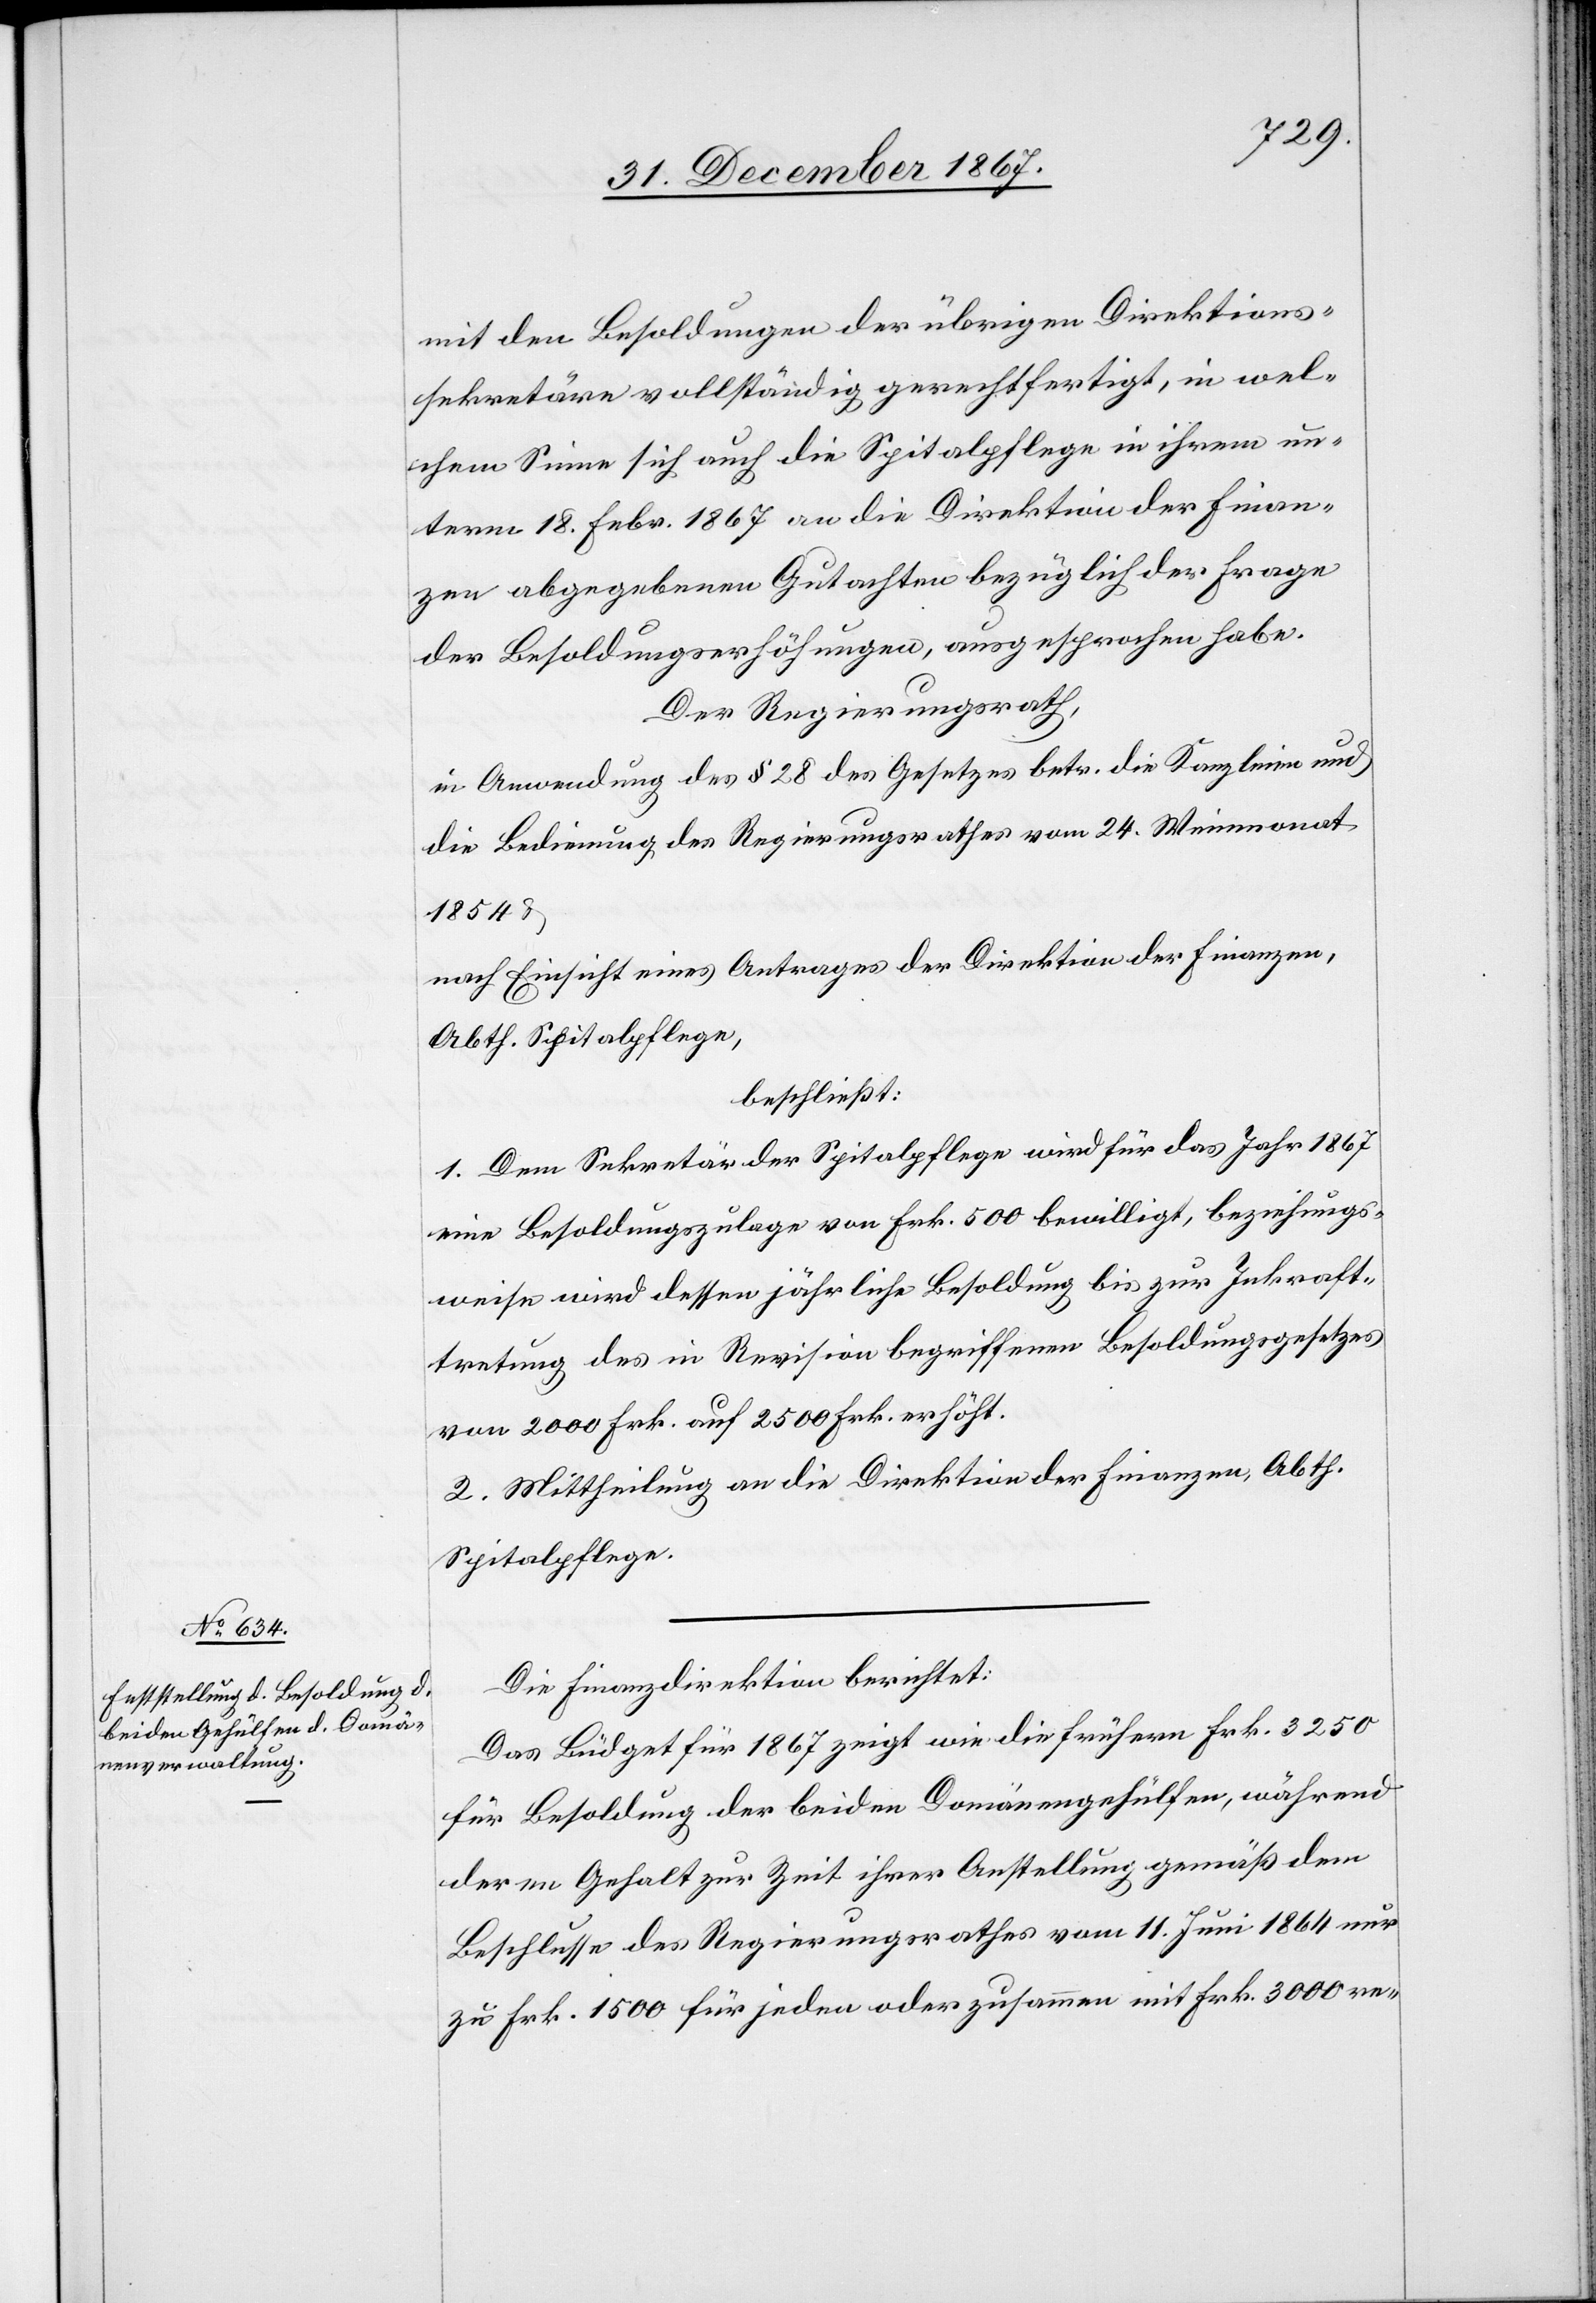
mit den Besoldungen der übrigen Direktions¬
sekretäre vollständig gerechtfertigt, in wel¬
chem Sinne sich auch die Spitalpflege in ihrem un¬
term 18. Febr. 1867 an die Direktion der Finan¬
zen abgegebenen Gutachten bezüglich der Frage
der Besoldungserhöhungen, ausgesprochen habe.
Der Regierungsrath,
in Anwendung des § 28 des Gesetzes betr. die Kanzleien und
die Bedienung des Regierungsrathes vom 24. Weinmonat
1854 u.
nach Einsicht eines Antrages der Direktion der Finanzen,
Abth. Spitalpflege,
beschließt:
1. Dem Sekretär der Spitalpflege wird für das Jahr 1867
eine Besoldungszulage von Frk. 500 bewilligt, beziehungs¬
weise wird dessen jährliche Besoldung bis zur Inkraft¬
tretung des in Revision begriffenen Besoldungsgesetzes
von 2000 Frk. auf 2500 Frk. erhöht.
2. Mittheilung an die Direktion der Finanzen, Abth.
Spitalpflege.
Die Finanzdirektion berichtet:
Das Büdget für 1867 zeigt wie die frühern Frk. 3250
für Besoldung der beiden Domänengehülfen, während
deren Gehalt zur Zeit ihrer Anstellung gemäß dem
Beschlusse des Regierungsrathes vom 11. Juni 1864 nur
zu Frk. 1500 für jeden oder zusammen mit Frk. 3000 re-